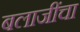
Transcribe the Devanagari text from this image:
बलाजींचा